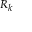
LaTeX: \scriptstyle R _ { k }